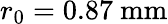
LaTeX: r_{0}=0.87~\mathrm{mm}